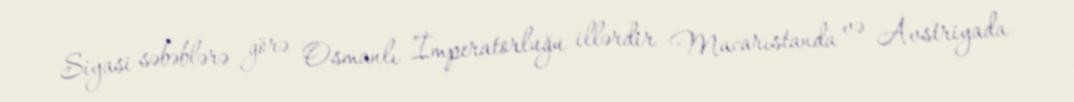
Siyasi səbəblərə görə Osmanlı İmperatorluğu illərdir Macarıstanda və Avstriyada